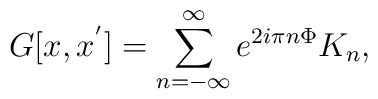
G[x,x^{'}] = \sum_{n=-\infty}^{\infty}  e^{2i\pi n \Phi} K_n,